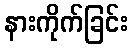
နားကိုက်ခြင်း